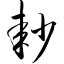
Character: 耖